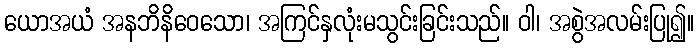
ယောအယံ အနဘိနိဝေသော၊ အကြင်နှလုံးမသွင်းခြင်းသည်။ ဝါ၊ အစွဲအလမ်းပြု၍။